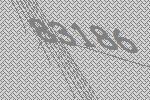
83186